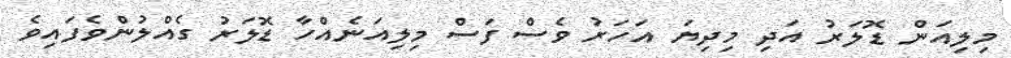
މިލިއަން ޑޮލަރު އަދި މިދިޔަ އަހަރު ވެސް ފަސް މިލިއަނެއްހާ ޑޮލަރު ގެއްލުންވެފައިވެ